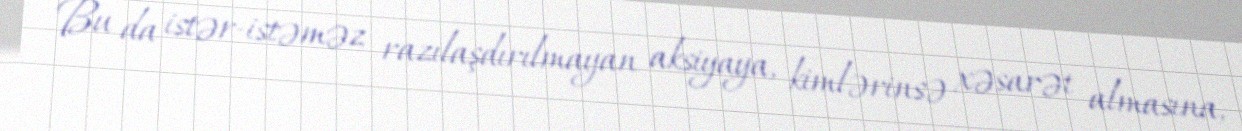
Bu da istər-istəməz razılaşdırılmayan aksiyaya, kimlərinsə xəsarət almasına,